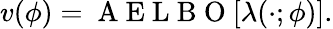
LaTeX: v(\phi)=\mathrm{~A~E~L~B~O~}[\lambda(\cdot;\phi)].